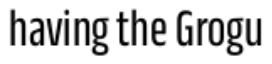
having the Grogu